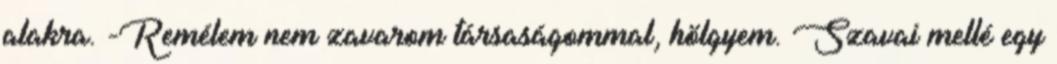
alakra. -Remélem nem zavarom társaságommal, hölgyem. Szavai mellé egy